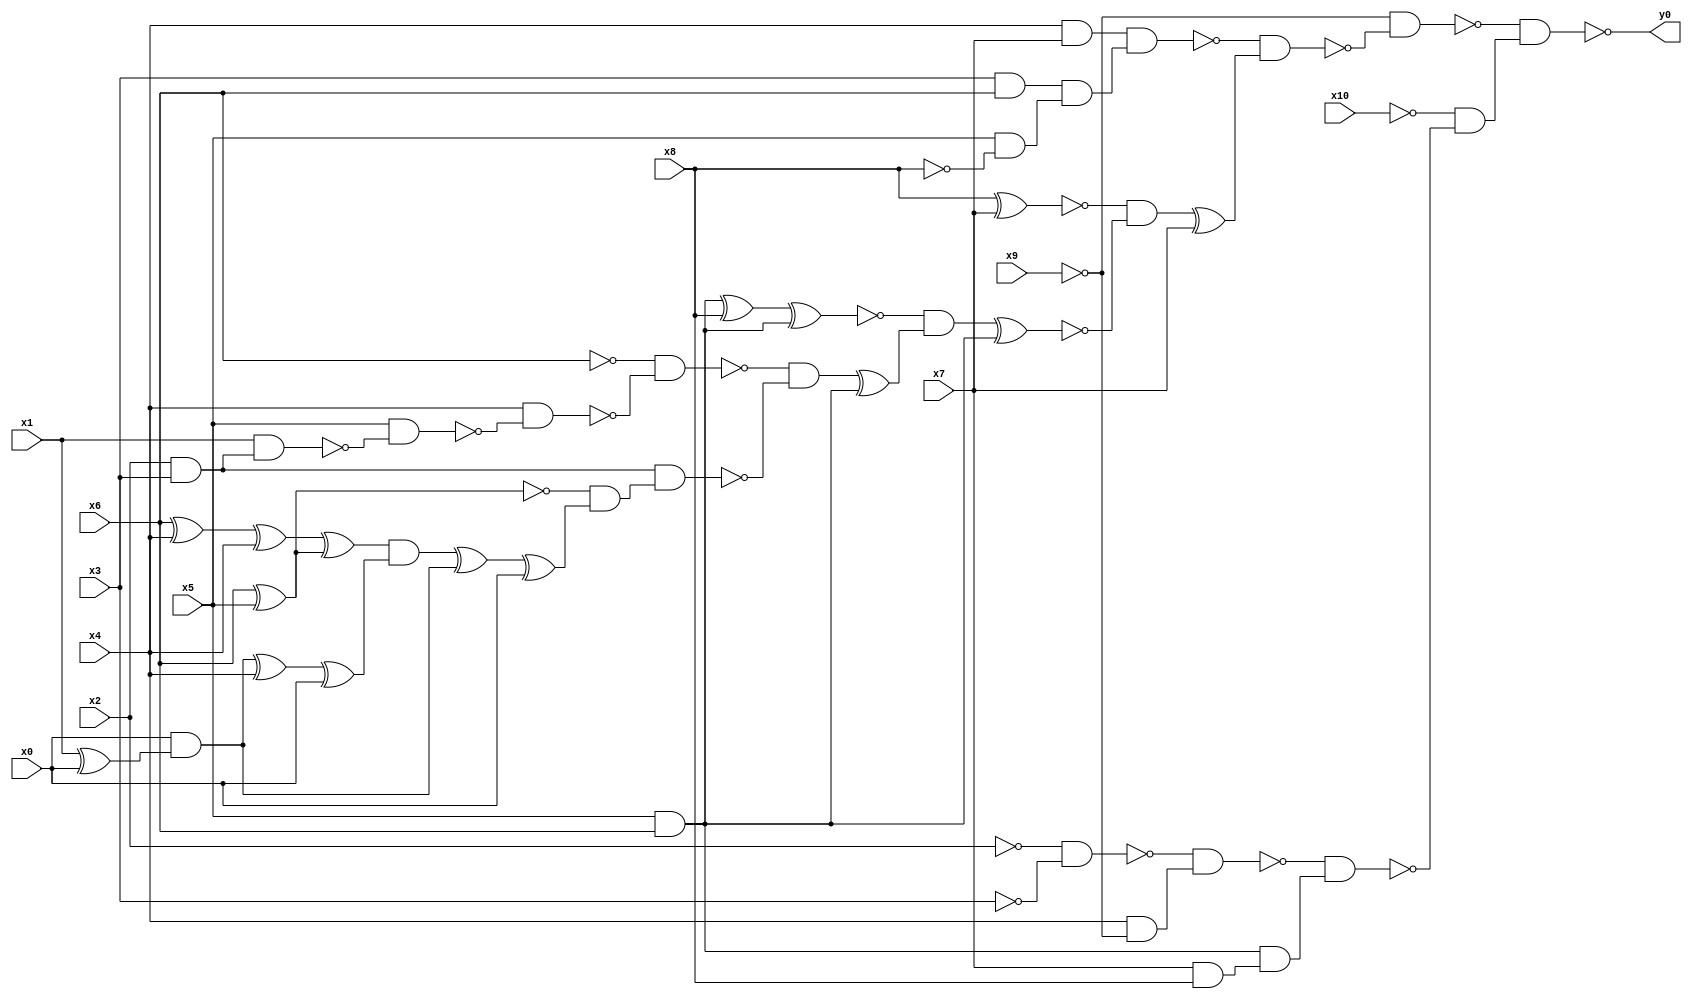
module top( x0 , x1 , x2 , x3 , x4 , x5 , x6 , x7 , x8 , x9 , x10 , y0 );
  input x0 , x1 , x2 , x3 , x4 , x5 , x6 , x7 , x8 , x9 , x10 ;
  output y0 ;
  wire n12 , n13 , n14 , n15 , n16 , n17 , n18 , n19 , n20 , n21 , n22 , n23 , n24 , n25 , n26 , n27 , n28 , n29 , n30 , n31 , n32 , n33 , n34 , n35 , n36 , n37 , n38 , n39 , n40 , n41 , n42 , n43 , n44 , n45 , n46 , n47 , n48 , n49 , n50 , n51 , n52 , n53 , n54 ;
  assign n12 = x4 & x7 ;
  assign n13 = x3 & x6 ;
  assign n14 = x5 & ~x8 ;
  assign n15 = n13 & n14 ;
  assign n16 = n12 & n15 ;
  assign n17 = x8 ^ x7 ;
  assign n18 = x5 & x6 ;
  assign n19 = n18 ^ x8 ;
  assign n20 = n19 ^ n18 ;
  assign n21 = x2 & x3 ;
  assign n22 = x1 & n21 ;
  assign n23 = x5 & ~n22 ;
  assign n24 = x4 & ~n23 ;
  assign n25 = ~x6 & ~n24 ;
  assign n26 = x6 ^ x5 ;
  assign n27 = x6 ^ x4 ;
  assign n28 = n27 ^ x4 ;
  assign n29 = n28 ^ n26 ;
  assign n30 = x1 ^ x0 ;
  assign n31 = x0 & n30 ;
  assign n32 = n31 ^ x4 ;
  assign n33 = n32 ^ x0 ;
  assign n34 = n29 & n33 ;
  assign n35 = n34 ^ n31 ;
  assign n36 = n35 ^ x0 ;
  assign n37 = ~n26 & n36 ;
  assign n38 = n21 & n37 ;
  assign n39 = ~n25 & ~n38 ;
  assign n40 = n39 ^ n18 ;
  assign n41 = ~n20 & n40 ;
  assign n42 = n41 ^ n18 ;
  assign n43 = ~n17 & ~n42 ;
  assign n44 = n43 ^ x7 ;
  assign n45 = ~n16 & n44 ;
  assign n46 = ~x9 & ~n45 ;
  assign n47 = ~x2 & ~x3 ;
  assign n48 = x4 & ~x9 ;
  assign n49 = ~n47 & n48 ;
  assign n50 = x7 & x8 ;
  assign n51 = n18 & n50 ;
  assign n52 = ~n49 & n51 ;
  assign n53 = ~x10 & ~n52 ;
  assign n54 = ~n46 & n53 ;
  assign y0 = ~n54 ;
endmodule